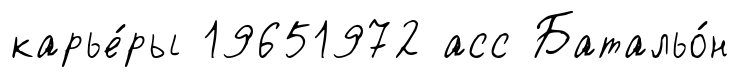
карье́ры 19651972 асс Батальо́н